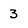
Character: 3